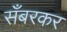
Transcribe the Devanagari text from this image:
सँबरकर